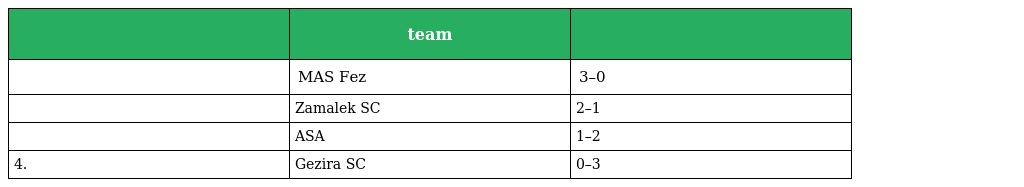
|  | team |  |
 | --- | --- | --- |
 |  | MAS Fez | 3–0 |
 |  | Zamalek SC | 2–1 |
 |  | ASA | 1–2 |
 | 4. | Gezira SC | 0–3 |